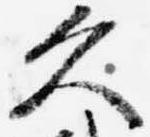
久